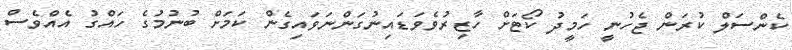
ކެންސަލް ކުރަން ޖެހުނީ ހަމީދު ކޯޓަށް ހާޒިރުވެވަޑައިނުގަންނަވައިގެން ކަމަށް ބުނުމުގެ ހައްގު އެއްވެސް